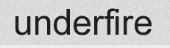
underfire